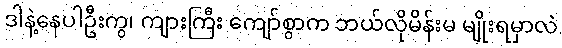
ဒါနဲ့နေပါဦးကွ၊ ကျားကြီး ကျော်စွာက ဘယ်လိုမိန်းမ မျိုးရမှာလဲ